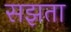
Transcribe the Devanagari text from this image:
सझता